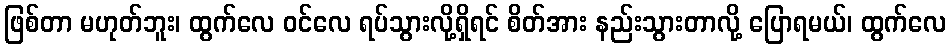
ဖြစ်တာ မဟုတ်ဘူး၊ ထွက်လေ ဝင်လေ ရပ်သွားလို့ရှိရင် စိတ်အား နည်းသွားတာလို့ ပြောရမယ်၊ ထွက်လေ